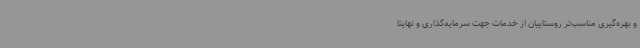
و بهره‌گیری مناسب‌تر روستاییان از خدمات جهت سرمایه‌گذاری و نهایتا